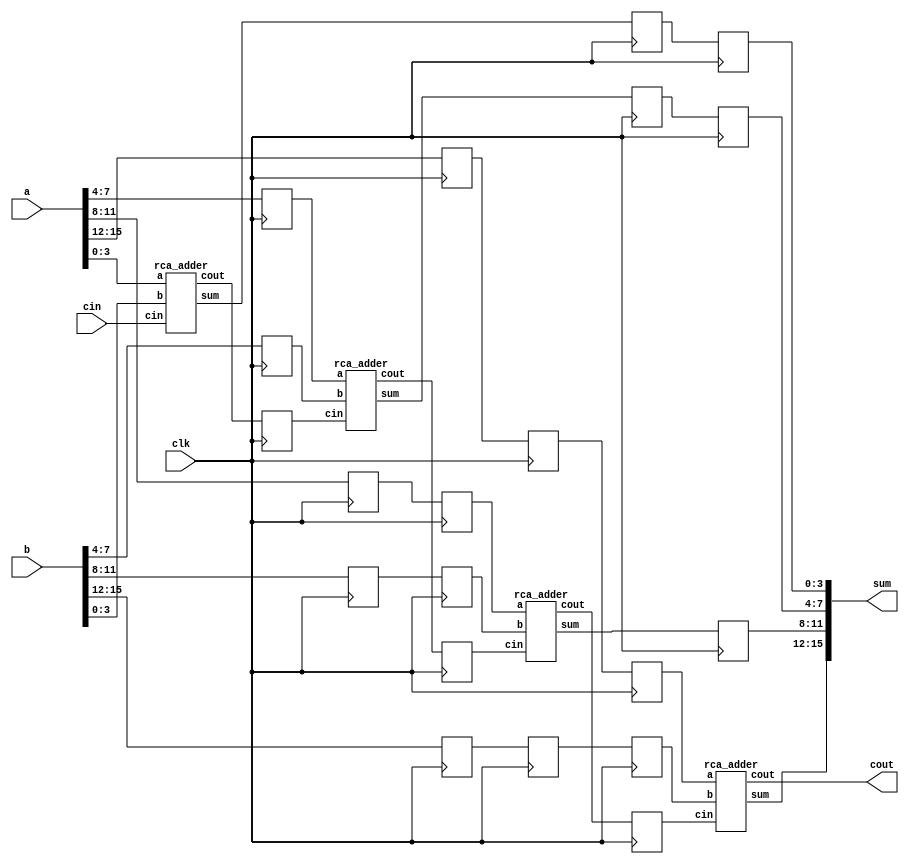
module pipe_adder(sum, cout, a, b, cin, clk);
input clk;
input [15:0] a,b;
input cin;
output [15:0] sum;
output  cout;

wire [2:0] c;
wire [15:0] s;
reg [3:0] r1,r2,r3;
reg[3:0] s1,s2,s3,s4;
reg[3:0] t1,t2,t3,t4,t5;
reg[3:0] u1,u2,u3,u4,u5,u6;
reg a1,a2,a3;


rca_adder RCA1(
.a(a[3:0]), 
.b(b[3:0]), 
.cin(cin),
.sum(s[3:0]),
.cout(c[0]));

rca_adder RCA2(
.a(s1),
.b(s2), 
.cin(a1), 
.sum(s[7:4]),
 .cout(c[1]));

rca_adder RCA3(
.a(t3),
 .b(t4), 
.cin(a2),
 .sum(s[11:8]),
 .cout(c[2]));

rca_adder RCA4(
.a(u5),
 .b(u6), 
.cin(a3),
 .sum(sum[15:12]),
 .cout(cout));


  always @(posedge clk)
  begin

  //1st level
         r1<=s[3:0];
         r2<=r1;
         r3<=r1;


  //2nd Level 	
        s1<=a[7:4];
        s2<=b[7:4];
        a1<=c[0];
        s3<=s[7:4];
        s4<=s3;

  //3rd Level 
       t1<=a[11:8];
       t2<=b[11:8];
       t3<=t1;
       t4<=t2;
       a2<=c[1];
       t5<=s[11:8];

  //4th Level
       u1<=a[15:12];
       u2<=b[15:12];
       u3<=u1;
       u4<=u2;
       u5<=u3;
       u6<=u4;
       a3<=c[2];
  end
  
assign  sum[3:0]=r3;
assign  sum[7:4]=s4;
assign  sum[11:8]=t5;
endmodule

module full_adder (sum,cout,a,b,cin);
  input a,b,cin;
  output sum,cout;
  wire t1,t2,t3;
  xor(sum,a,b,cin);
  and(t1,a,cin);
  and(t2,b,cin);
  and(t3,a,b);
  or(cout,t1,t2,t3);
endmodule

module rca_adder (sum, cout, a, b, cin);
  input [3:0] a,b;
  input cin;
  output [3:0] sum;
  output cout;
  wire t0,t1,t2;

  full_adder fa0(sum[0],t0,a[0],b[0],cin);
  full_adder fa1(sum[1],t1,a[1],b[1],t0);
  full_adder fa2(sum[2],t2,a[2],b[2],t1);
  full_adder fa3(sum[3],cout,a[3],b[3],t2);

endmodule